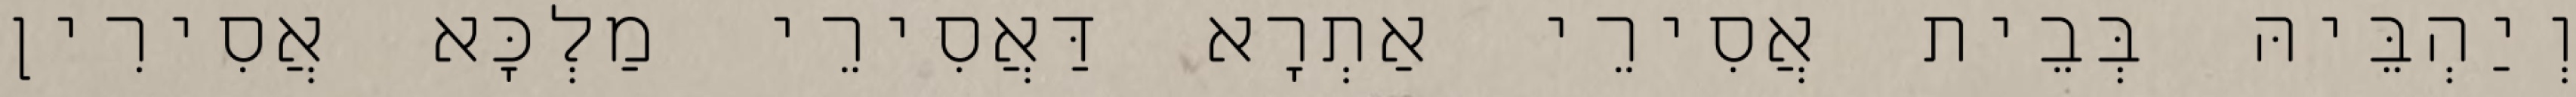
וְיַהְבֵּיהּ בְּבֵית אֲסִירֵי אַתְרָא דַּאֲסִירֵי מַלְכָּא אֲסִירִין